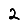
Digit: 2